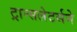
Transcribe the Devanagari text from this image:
ट्रान्सलेटर्सने